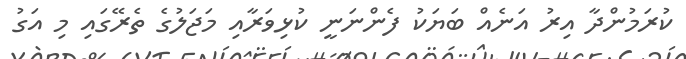
ކުރަމުންދާ އިރު އަނެއް ބަޔަކު ފެންނަނީ ކުޅިވަރާއި މަޖަލުގެ ތެރޭގައި މި އަގު